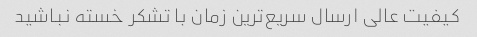
کیفیت عالی ارسال سریع‌ترین زمان با تشکر خسته نباشید